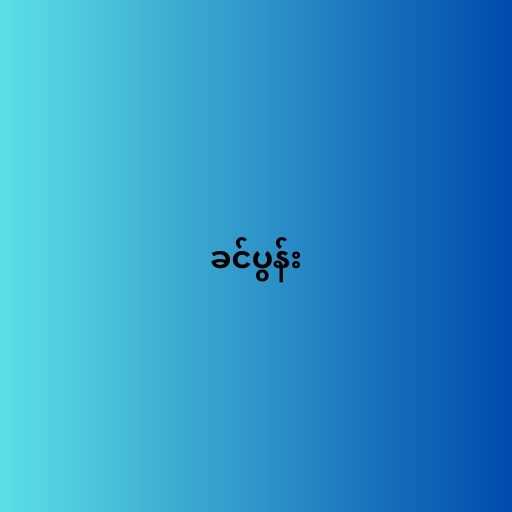
ခင်ပွန်း